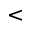
<